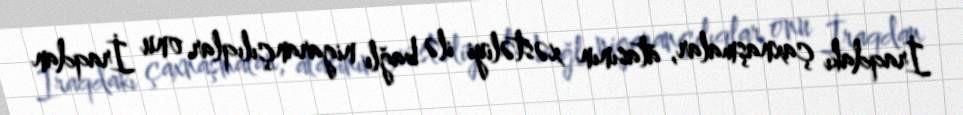
İraqdakı çaxnaşmalar, atasının xəstəliyi ilə bağlı nigarançılıqlar onu İraqdan